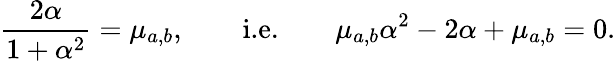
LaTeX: \frac{2\alpha}{1+\alpha^{2}}=\mu_{a,b},\qquad\textnormal{i.e.}\qquad\mu_{a,b}\alpha^{2}-2\alpha+\mu_{a,b}=0.